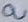
Text: a